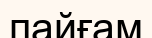
пайғам